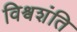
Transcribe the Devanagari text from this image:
विश्वशंति